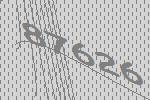
87626